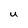
Character: U